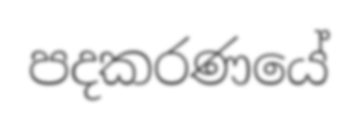
පදකරණයේ